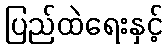
ပြည်ထဲရေးနှင့်